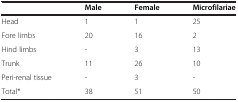
|  | Male | Female | Microfilariae |
 | --- | --- | --- | --- |
 | Head | 1 | 1 | 25 |
 | Fore limbs | 20 | 16 | 2 |
 | Hind limbs | - | 3 | 13 |
 | Trunk | 11 | 26 | 10 |
 | Peri-renal tissue | - | 3 | - |
 | Total* | 38 | 51 | 50 |